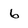
Character: 6